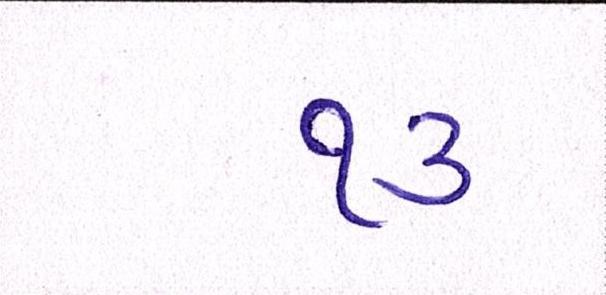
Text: ૧૩